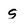
Character: S